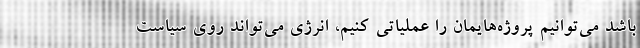
باشد می‌توانیم پروژه‌هایمان را عملیاتی کنیم، انرژی می‌تواند روی سیاست